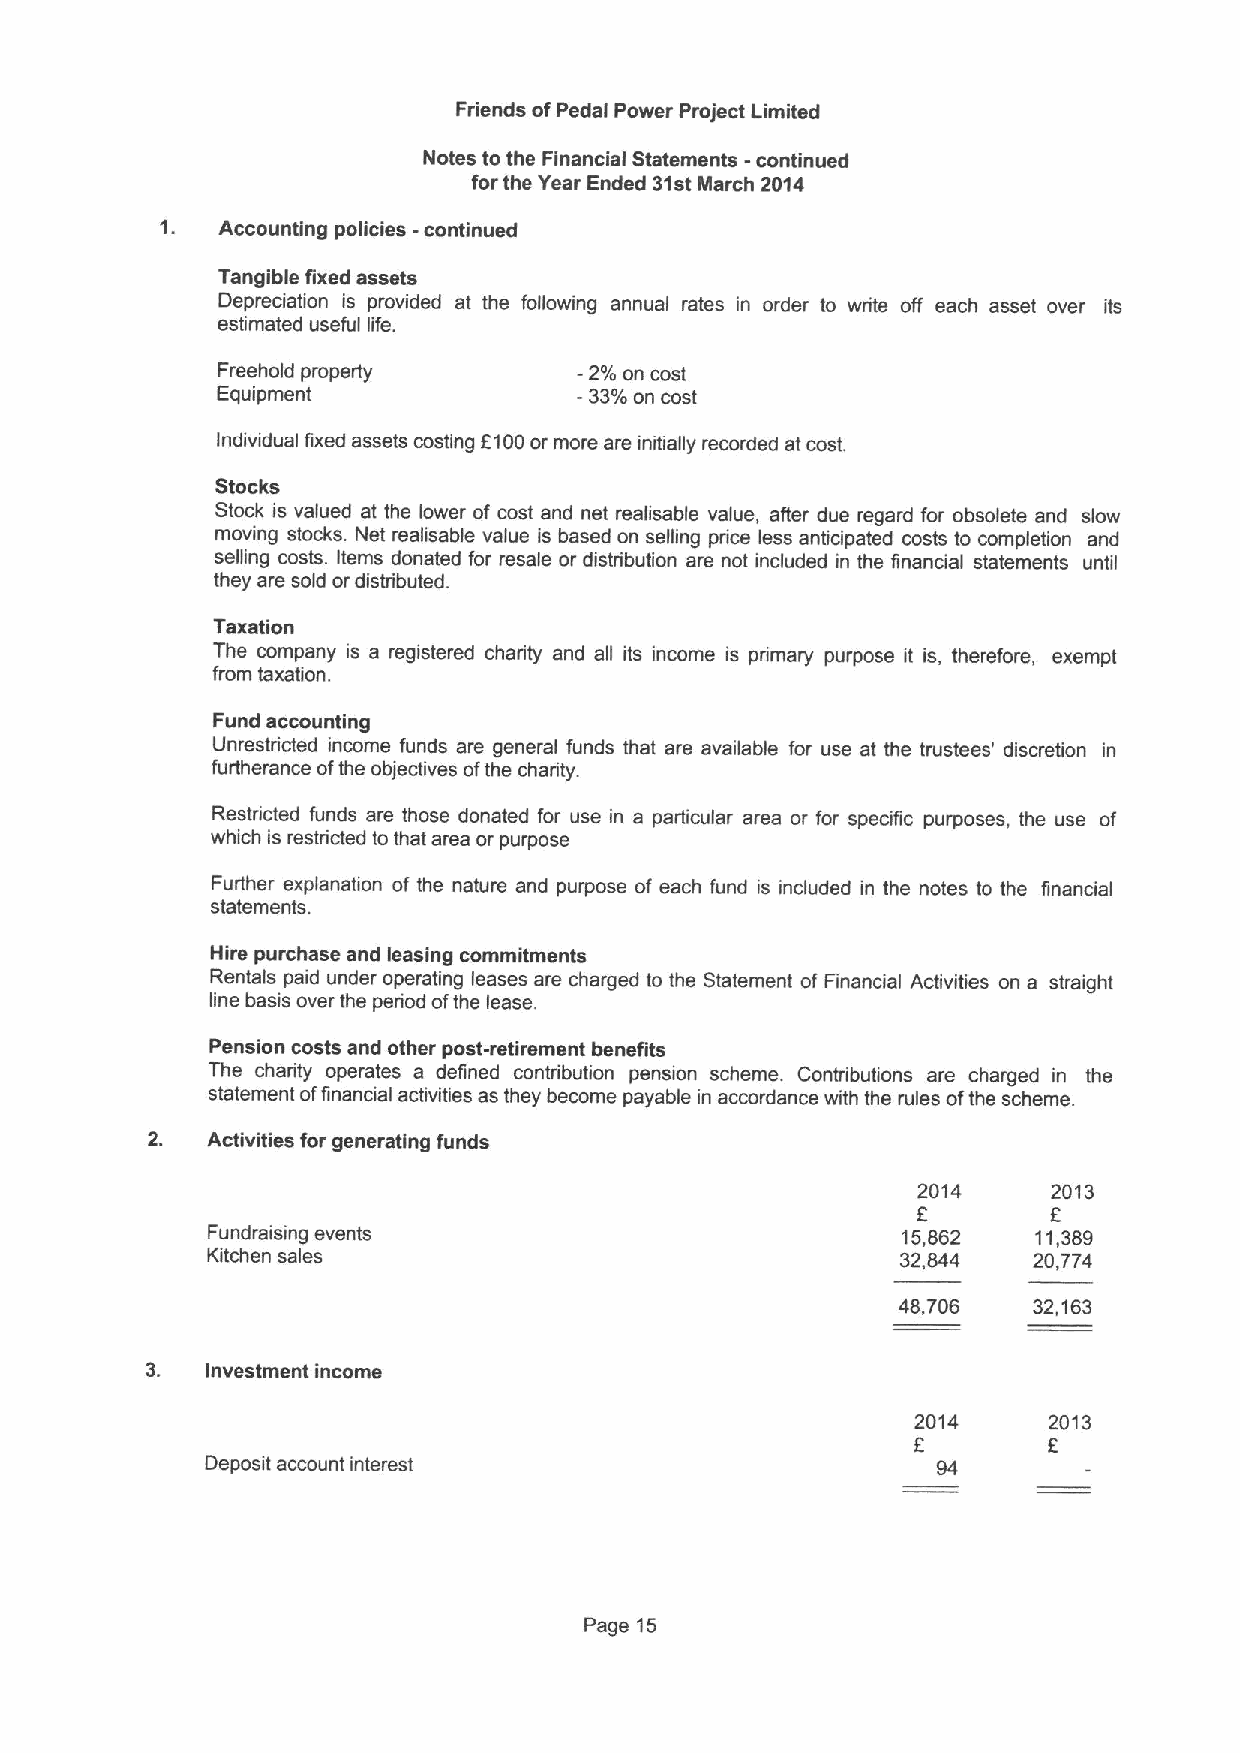
Friends ofPedal Power Project Limited
 Notes to the Financial Statements -continued
 for the Year Ended 31stMarch 2014
 1. Accounting policies -continued
 Tangible fixed assets
 Depreciation is provided at the following annual rates in order to write off each asset over its
 estimated useful life.
 Freehold property       -2%on cost
 Equipment               -33%on cost
 Individual fixed assets costing 6100or more are initially recorded at cost.
 Stocks
 Stock is valued at the lower of cost and net realisable value, after due regard for obsolete and slow
 moving stocks. Net realisable value is based on selling price less anticipated costs to completion and
 selling costs. Items donated for resale or distribution are not included in the financial statements until
 they are sold or distributed.
 Taxation
 The company is a registered charity and all its income is primary purpose it is, therefore, exempt
 from taxation.
 Fund accounting
 Unrestricted income funds are general funds that are available for use at the trustees' discretion in
 furtherance ofthe objectives ofthe charity.
 Restricted funds are those donated for use in a particular area or for specific purposes, the use of
 which is restricted to that area or purpose
 Further explanation of the nature and purpose of each fund is included in the notes to the financial
 statements.
 Hire purchase and leasing commitments
 Rentals paid under operating leases are charged to the Statement of Financial Activities on a straight
 line basis over the period ofthe lease.
 Pension costs and other post-retirement benefits
 The charity operates a defined contribution pension scheme. Contributions are charged in the
 statement offinancial activities as they become payable in accordance with the rules ofthe scheme.
 Activities for generating funds
 2014     2013
 6        6
 Fundraising events                            15,862   11,389
 Kitchen sales                                 32,844  20,774
 48,706   32,163
 3.  Investment income
 2014    2013
 f
 Deposit account interest                        94
 Page 15